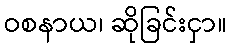
ဝစနာယ၊ ဆိုခြင်းငှာ။